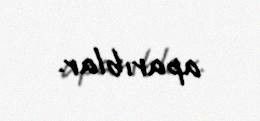
aparıblar.